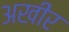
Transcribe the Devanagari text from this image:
अखीर